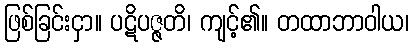
ဖြစ်ခြင်းငှာ။ ပဋိပဇ္ဇတိ၊ ကျင့်၏။ တထာဘာဝါယ၊